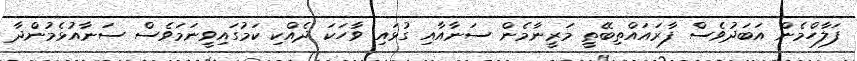
ފަލާހްމެން އަބަދުވެސް ފާރައައްތިބޭތީ މަރީނާމެން ސަނާއާއި ގުޅައި ވާހަކަ ދެއްކި ކަމުގައިވީނަމަވެސް ސަނާއުޅެމުންދާ